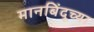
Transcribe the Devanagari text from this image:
मानबिंदूच्या